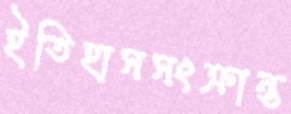
ইতিহাসসংক্রান্ত